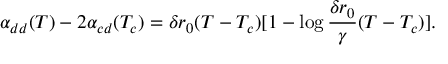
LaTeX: \alpha _ { d d } ( T ) - 2 \alpha _ { c d } ( T _ { c } ) = \delta r _ { 0 } ( T - T _ { c } ) [ 1 - \log \frac { \delta r _ { 0 } } { \gamma } ( T - T _ { c } ) ] .